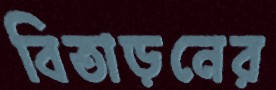
বিতাড়নের